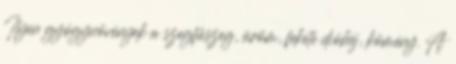
Ilyen gyógynövények a szegfűszeg, üröm, fekete dióhéj, kömény. A